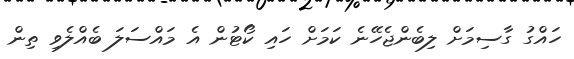
ހައްގު ގާސިމަށް ލިބެންޖެހޭނެ ކަމަށް ހައި ކޯޓުން އެ މައްސަލަ ބެއްލެވި ތިން